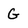
Character: G